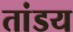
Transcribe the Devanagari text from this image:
तांडय